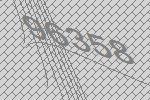
96358